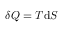
\delta Q = T \mathrm { d } S